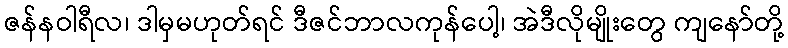
ဇန်နဝါရီလ၊ ဒါမှမဟုတ်ရင် ဒီဇင်ဘာလကုန်ပေါ့၊ အဲဒီလိုမျိုးတွေ ကျနော်တို့